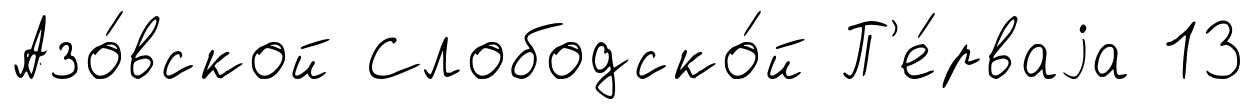
Азо́вской Слободско́й П'е́рваjа 13